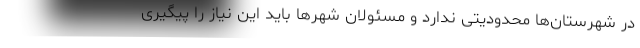
در شهرستان‌ها محدودیتی ندارد و مسئولان شهر‌ها باید این نیاز را پیگیری